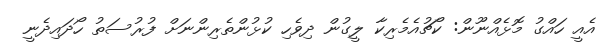
އެއީ ހައްގު މޮޅެއްނޫން: ކޯޗުއެމެރިކާ ލީގުން ދިވެހި ކުޅުންތެރިންނަށް ފުރުސަތު ހޯދައިދެނީ